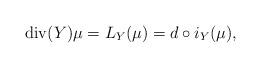
LaTeX: \begin{align*}\operatorname{div}(Y)\mu=L_{Y}(\mu)=d\circ i_{Y}(\mu),\end{align*}